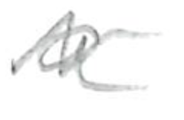
Text: a
Cross-out: mix
Writing tool: pencil